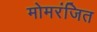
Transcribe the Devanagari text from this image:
मोमरंजित